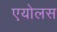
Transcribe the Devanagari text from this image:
एयोलस